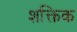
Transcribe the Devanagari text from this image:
शक्तिक